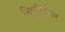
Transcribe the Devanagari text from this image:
निवृतिवेतन